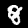
Digit: 8